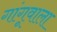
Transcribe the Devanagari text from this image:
गांगूवाला